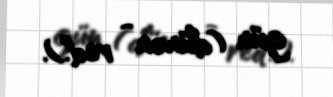
gün (dünən - red.).